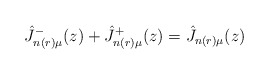
\begin{align*}\hat J_{n(r) \mu}^-(z) + \hat J_{n(r) \mu}^+(z) =\hat J_{n(r) \mu}(z)\end{align*}